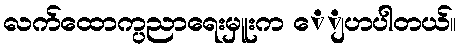
လက်ထောက္ပညာရေးမှူးက ေျပာပါတယ်။